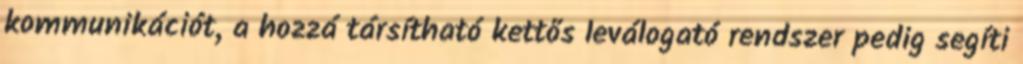
kommunikációt, a hozzá társítható kettős leválogató rendszer pedig segíti